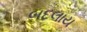
બદલાય